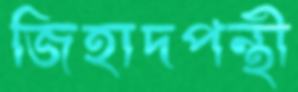
জিহাদপন্থী